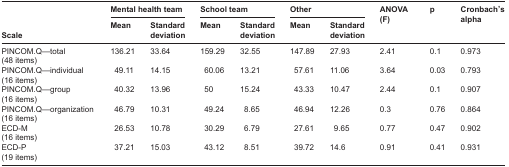
|  | <COLSPAN=2> Mental health team | <COLSPAN=2> School team | <COLSPAN=2> Other | ANOVA (F) | p | Cronbach's alpha |
 | Scale | Mean | Standard deviation | Mean | Standard deviation | Mean | Standard deviation |  |  |  |
 | --- | --- | --- | --- | --- | --- | --- | --- | --- | --- |
 | PINCOM.Q—total | 136.21 | 33.64 | 159.29 | 32.55 | 147.89 | 27.93 | 2.41 | 0.1 | 0.973 |
 | (48 items) |  |  |  |  |  |  |  |  |  |
 | PINCOM.Q—individual | 49.11 | 14.15 | 60.06 | 13.21 | 57.61 | 11.06 | 3.64 | 0.03 | 0.793 |
 | (16 items) |  |  |  |  |  |  |  |  |  |
 | PINCOM.Q—group | 40.32 | 13.96 | 50 | 15.24 | 43.33 | 10.47 | 2.44 | 0.1 | 0.907 |
 | (16 items) |  |  |  |  |  |  |  |  |  |
 | PINCOM.Q—organization | 46.79 | 10.31 | 49.24 | 8.65 | 46.94 | 12.26 | 0.3 | 0.76 | 0.864 |
 | (16 items) |  |  |  |  |  |  |  |  |  |
 | ECD-M | 26.53 | 10.78 | 30.29 | 6.79 | 27.61 | 9.65 | 0.77 | 0.47 | 0.902 |
 | (16 items) |  |  |  |  |  |  |  |  |  |
 | ECD-P | 37.21 | 15.03 | 43.12 | 8.51 | 39.72 | 14.6 | 0.91 | 0.41 | 0.931 |
 | (19 items) |  |  |  |  |  |  |  |  |  |